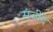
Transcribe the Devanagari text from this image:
संजीदे